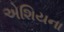
એશિયના